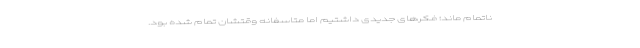
ناتمام ماند؛ فکرهای جدیدی داشتیم اما متاسفانه وقتشان تمام شده بود.